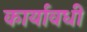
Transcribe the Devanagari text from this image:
कार्यावधी